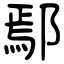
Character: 鄢